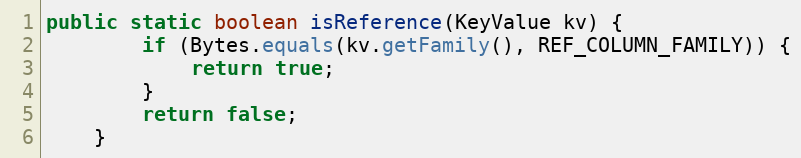
Language: Java
public static boolean isReference(KeyValue kv) {
        if (Bytes.equals(kv.getFamily(), REF_COLUMN_FAMILY)) {
            return true;
        }
        return false;
    }